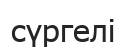
сүргелі